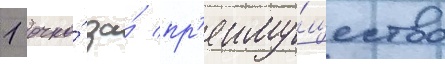
1 очко́ за́ пр'еиму́щество